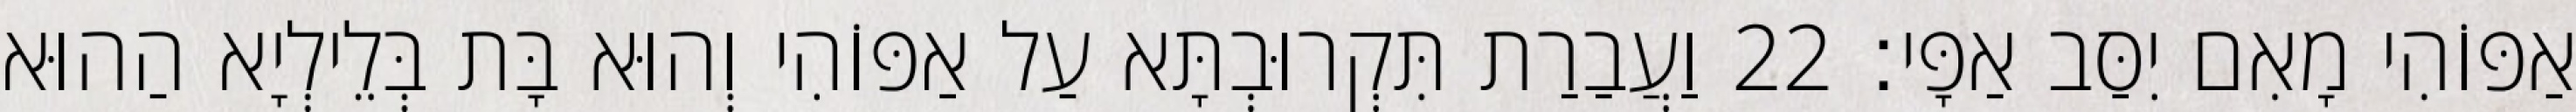
אַפּוֹהִי מָאִם יִסַּב אַפָּי׃ 22 וַעֲבַרַת תִּקְרוּבְתָּא עַל אַפּוֹהִי וְהוּא בָּת בְּלֵילְיָא הַהוּא